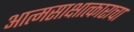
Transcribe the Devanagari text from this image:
आत्मसाक्षात्काराचा